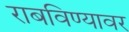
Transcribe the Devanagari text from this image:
राबविण्यावर